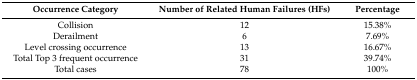
| Occurrence Category | Number of Related Human Failures (HFs) | Percentage |
 | --- | --- | --- |
 | Collision | 12 | 15.38% |
 | Derailment | 6 | 7.69% |
 | Level crossing occurrence | 13 | 16.67% |
 | Total Top 3 frequent occurrence | 31 | 39.74% |
 | Total cases | 78 | 100% |